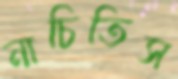
নাচিতিস